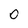
Character: 0